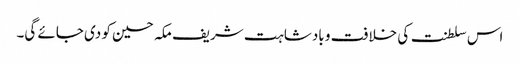
اس سلطنت کی خلافت و بادشاہت شریف مکہ حسین کو دی جائے گی۔